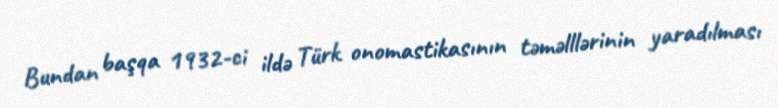
Bundan başqa 1932-ci ildə Türk onomastikasının təməlllərinin yaradılması